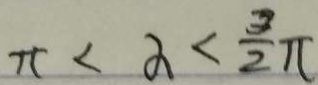
\pi < \alpha < \frac { 3 } { 2 } \pi